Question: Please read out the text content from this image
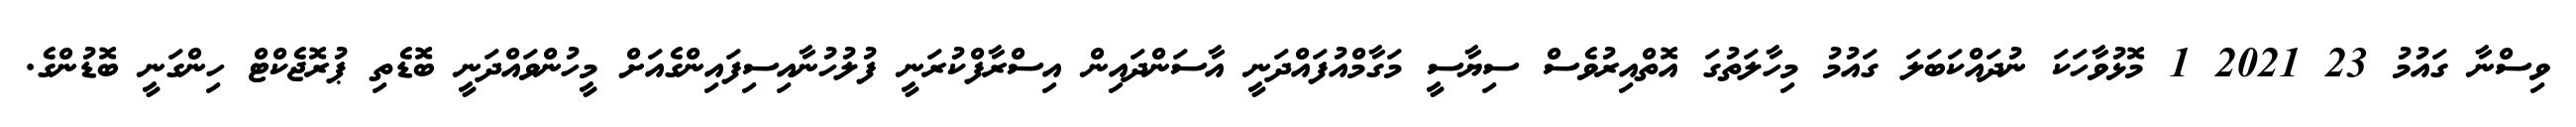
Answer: ވިސްނާ ގައުމު 23 2021 1 މޮޅުވާހަކަ ނުދައްކަބަލަ ގައުމު މިހާލަތުގަ އޮތްއިރުވެސް ސިޔާސީ މަގާމްއުފައްދަނީ އާސަންދައިން އިސްރާފްކުރަނީ ފުލުހުނާއިސިފައިންގެއަށް މީހުންވައްދަނީ ބޮޑެތި ޕުރޮޖެކްޓް ހިންގަނީ ބޮޑުންގެ.